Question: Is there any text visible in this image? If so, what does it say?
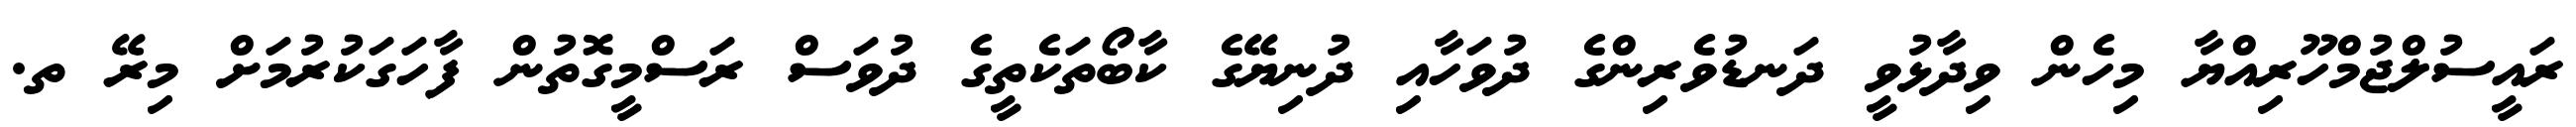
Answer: ރައީސުލްޖުމްހޫރިއްޔާ މިހެން ވިދާޅުވީ ދަނޑުވެރިންގެ ދުވަހާއި ދުނިޔޭގެ ކާބޯތަކެތީގެ ދުވަސް ރަސްމީގޮތުން ފާހަގަކުރުމަށް މިރޭ ތ.